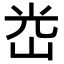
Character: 𡷀